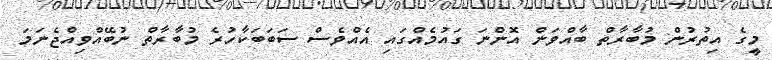
މީގެ އިތުރުން މުބާރާތް ބާއްވަން އޮންނަ ގައުމެއްގައި އެއްވެސް ސަބަބަކާހުރެ މުބާރާތް ނުބޭއްވިއްޖެނަމަ